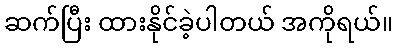
ဆက်ပြီး ထားနိုင်ခဲ့ပါတယ် အကိုရယ်။